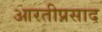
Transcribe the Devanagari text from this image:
आरतीप्रसाद